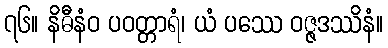
၇၆။ နိဓီနံဝ ပဝတ္တာရံ၊ ယံ ပဿေ ဝဇ္ဇဒဿိနံ။